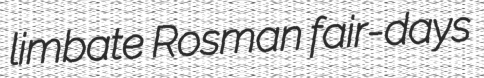
limbate Rosman fair-days